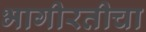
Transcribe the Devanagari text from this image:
भागीरतीचा